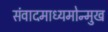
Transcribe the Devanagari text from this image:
संवादमाध्यमोन्मुख